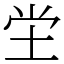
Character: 坣